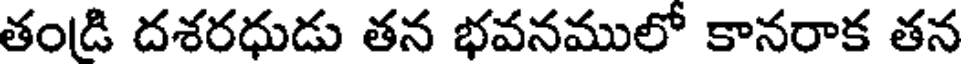
తండి దశరధుడు తన భవనములో కానరాక తన